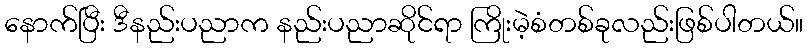
နောက်ပြီး ဒီနည်းပညာက နည်းပညာဆိုင်ရာ ကြိုးမဲ့စံတစ်ခုလည်းဖြစ်ပါတယ်။